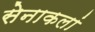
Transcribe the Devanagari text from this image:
सेनाकलां